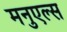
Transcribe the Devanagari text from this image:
मनुएल्स